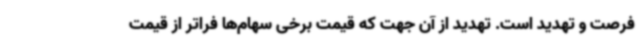
فرصت و تهدید است. تهدید از آن جهت که قیمت برخی سهام‌ها فراتر از قیمت